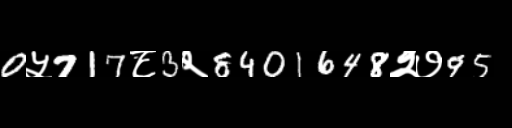
Text: 0५717८3२8401648२७95